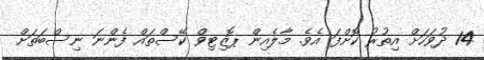
14 ދުވަހަށް އިތުރު ކޮށްފަ އެވެ. މާލެއިން ޕޮޒިޓިވް ކޭސްތައް ފެންނަ ނިސްބަތަށް